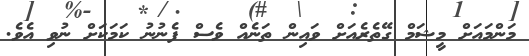
މަންމައަށް މީޝަމް ގޭތެރެއަށް ވައިން ތަނެއް ވެސް ފެނުނު ކަމަކަށް ނުވި އެވެ.